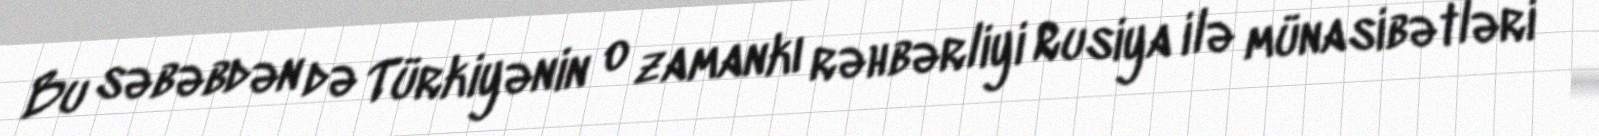
Bu səbəbdən də Türkiyənin o zamankı rəhbərliyi Rusiya ilə münasibətləri